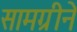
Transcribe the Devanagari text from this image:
सामग्रीने